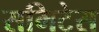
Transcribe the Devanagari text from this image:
समिटेस